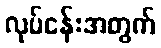
လုပ်ငန်းအတွက်